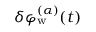
\delta \varphi _ { \mathrm { w } } ^ { ( \alpha ) } ( t )